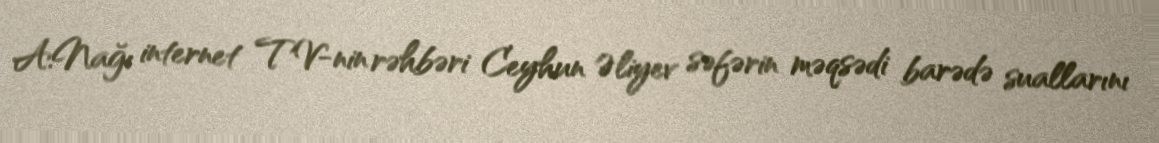
A.Nağı internet TV-nin rəhbəri Ceyhun Əliyev səfərin məqsədi barədə suallarını